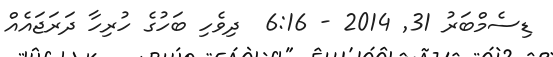
ޑިސެމްބަރު 31